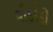
વીડીડી